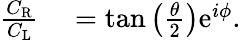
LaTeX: \begin{array}{rl}{\frac{C_{\mathrm{R}}}{C_{\mathrm{L}}}}&{{}=\tan\left(\frac{\theta}{2}\right)\mathrm{e}^{i\phi}.}\end{array}